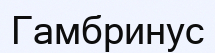
Гамбринус